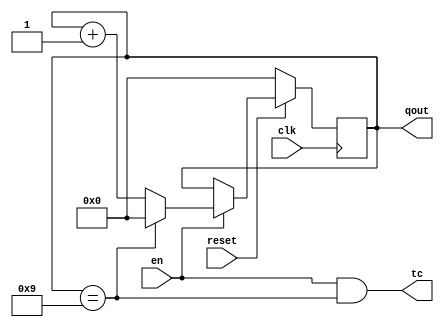
module counterN(clk, reset, en, qout, tc);
	parameter N = 10;
	localparam M = $clog2(N);
	input clk, reset, en;
	output reg [M-1:0] qout;
	output tc;
	always @(posedge clk) begin
		if (~reset) qout <= 0; 
		else if (en) begin
			if (qout == N-1) qout <= 0;
			else qout <= qout + 1;
		end
	end
	assign tc = en & (qout == N-1);
endmodule